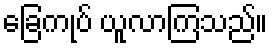
ခြေကုပ် ယူလာကြသည်။